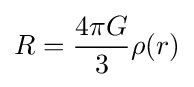
R={4\pi G \over {3}}\rho (r)